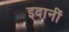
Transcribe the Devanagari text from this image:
इदानीं